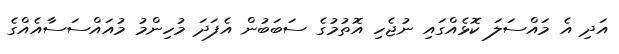
އަދި އެ މައްސަލަ ކޮޅެއްގައި ނުޖެހި އޮތުމުގެ ސަބަބުން އެފަދަ މުހިންމު މުއައްސަސާއެއްގެ